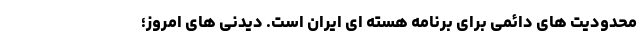
محدودیت های دائمی برای برنامه هسته ای ایران است. دیدنی های امروز؛